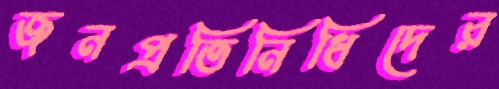
জনপ্রতিনিধিদের